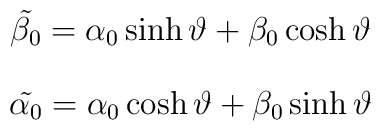
\tilde{\beta_0} = \alpha_0 \sinh{\vartheta} + \beta_0 \cosh{\vartheta}$$$$\tilde{\alpha_0} = \alpha_0 \cosh{\vartheta} + \beta_0 \sinh{\vartheta}